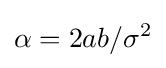
\alpha =2ab/\sigma ^{2}